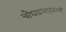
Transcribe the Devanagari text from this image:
चौघडावादकांची